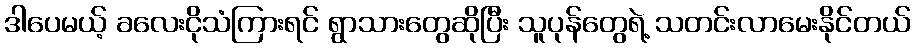
ဒါပေမယ့် ခလေးငိုသံကြားရင် ရွာသားတွေဆိုပြီး သူပုန်တွေရဲ့ သတင်းလာမေးနိုင်တယ်